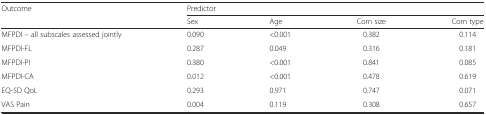
| <ROWSPAN=2> Outcome | <COLSPAN=4> Predictor |
 | Sex | Age | Corn size | Corn type |
 | --- | --- | --- | --- | --- |
 | MFPDI – all subscales assessed jointly | 0.090 | <0.001 | 0.382 | 0.114 |
 | MFPDI-FL | 0.287 | 0.049 | 0.316 | 0.181 |
 | MFPDI-PI | 0.380 | <0.001 | 0.841 | 0.085 |
 | MFPDI-CA | 0.012 | <0.001 | 0.478 | 0.619 |
 | EQ-5D QoL | 0.293 | 0.971 | 0.747 | 0.071 |
 | VAS Pain | 0.004 | 0.119 | 0.308 | 0.657 |